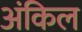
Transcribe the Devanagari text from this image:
अंकिल